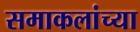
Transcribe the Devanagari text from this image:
समाकलांच्या